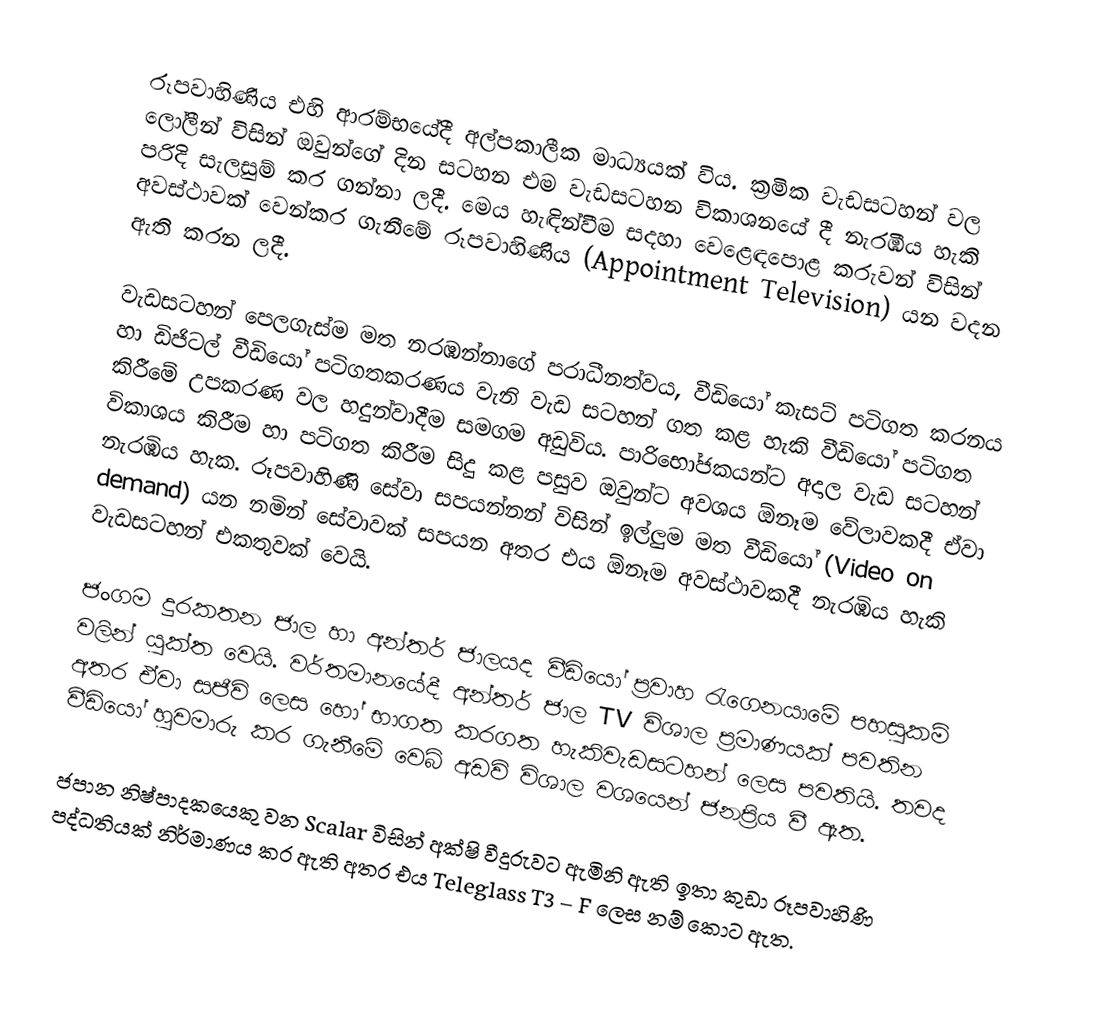
රූපවාහිණිය එහි ආරම්භයේදී අල්පකාලීක මාධ්‍යයක් විය. ක්‍රමික වැඩසටහන් වල ලෝලීන් විසින් ඔවුන්ගේ දින සටහන එම වැඩසටහන විකාශනයේ දී නැරඹිය හැකි පරිදි සැලසුම් කර ගන්නා ලදී. මෙය හැඳින්වීම සදහා වෙළෙඳපොළ කරුවන් විසින් අවස්ථාවක් වෙන්කර ගැනීමේ රූපවාහිණිය (Appointment Television) යන වදන ඇති කරන ලදී.

වැඩසටහන් පෙලගැස්ම මත නරඹන්නාගේ පරාධීනත්වය, වීඩියෝ කැසට් පටිගත කරනය හා ඩිජිටල් වීඩියෝ පටිගතකරණය වැනි වැඩ සටහන් ගත කළ හැකි වීඩියෝ පටිගත කිරීමේ උපකරණ වල හදුන්වාදීම සමගම අඩුවිය. පාරිභෝජකයන්ට අදාල වැඩ සටහන් විකාශය කිරීම හා පටිගත කිරීම සිදු කළ පසුව ඔවුන්ට අවශය ඕනෑම වේලාවකදී ඒවා නැරඹිය හැක. රූපවාහිණි සේවා සපයන්නන් විසින් ඉල්ලුම මත වීඩියෝ (Video on demand)  යන නමින් සේවාවක් සපයන අතර එය ඕනෑම අවස්ථාවකදී නැරඹිය හැකි වැඩසටහන් එකතුවක් වෙයි.

ජංගම දුරකතන ජාල හා අන්තර් ජාලයද වීඩියෝ ප්‍රවාහ රැගෙනයාමේ පහසුකම් වලින් යුක්ත වෙයි. වර්තමානයේදී අන්තර් ජාල TV විශාල ප්‍රමාණයක් පවතින අතර ඒවා සජීවි ලෙස හෝ භාගත කරගත හැකි‍වැඩසටහන් ලෙස පවතියි. තවද වීඩියෝ හුවමාරු කර ගැනීමේ වෙබ් අඩවි විශාල වශයෙන් ජනප්‍රිය වී ඇත.

ජපාන නිෂ්පාදකයෙකු වන Scalar විසින් අක්ෂි වීදුරුවට ඇමිනි ඇති ඉතා කුඩා රූපවාහිණි පද්ධතියක් නිර්මාණය කර ඇති අතර එය Teleglass T3 – F ලෙස නම් කොට ඇත.